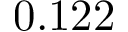
0 . 1 2 2